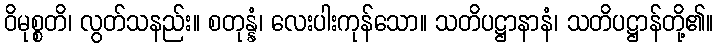
ဝိမုစ္စတိ၊ လွတ်သနည်း။ စတုန္နံ၊ လေးပါးကုန်သော။ သတိပဋ္ဌာနာနံ၊ သတိပဋ္ဌာန်တို့၏။